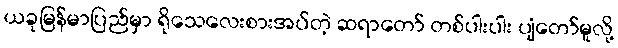
ယခုမြန်မာပြည်မှာ ရိုသေလေးစားအပ်တဲ့ ဆရာတော် တစ်ပါးပါး ပျံတော်မူလို့